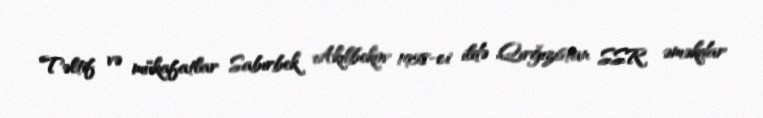
Təltif və mükafatlar Sabırbek Akılbekov 1958-ci ildə Qırğızıstan SSR əməkdar